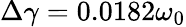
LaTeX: \Delta\gamma=0.0182\omega_{0}